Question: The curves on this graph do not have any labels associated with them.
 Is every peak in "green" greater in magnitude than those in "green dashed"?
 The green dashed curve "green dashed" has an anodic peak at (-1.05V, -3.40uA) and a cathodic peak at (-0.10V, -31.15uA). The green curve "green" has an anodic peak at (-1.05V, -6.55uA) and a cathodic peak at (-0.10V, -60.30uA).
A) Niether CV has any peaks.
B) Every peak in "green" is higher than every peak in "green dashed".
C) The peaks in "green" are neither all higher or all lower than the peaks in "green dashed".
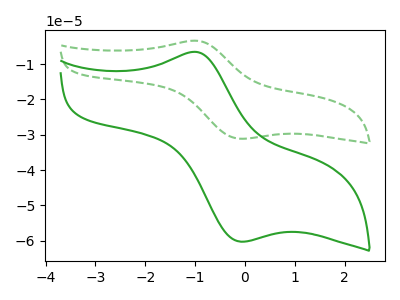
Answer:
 <answer>C) The peaks in "green" are neither all higher or all lower than the peaks in "green dashed".</answer>
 <eval>C</eval>